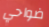
ضواحي